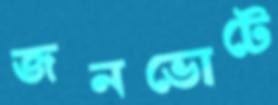
জনভোটে